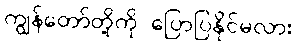
ကျွန်တော်တို့ကို ပြောပြနိုင်မလား